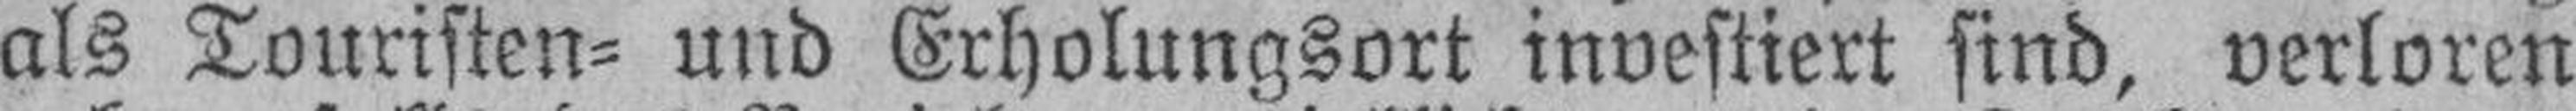
als Touristen= und Erholungsort investiert sind, verloren